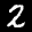
Label: 2